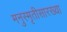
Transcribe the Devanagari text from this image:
मनुस्मृतीसारख्या